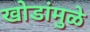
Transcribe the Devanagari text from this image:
खोडांमुळे